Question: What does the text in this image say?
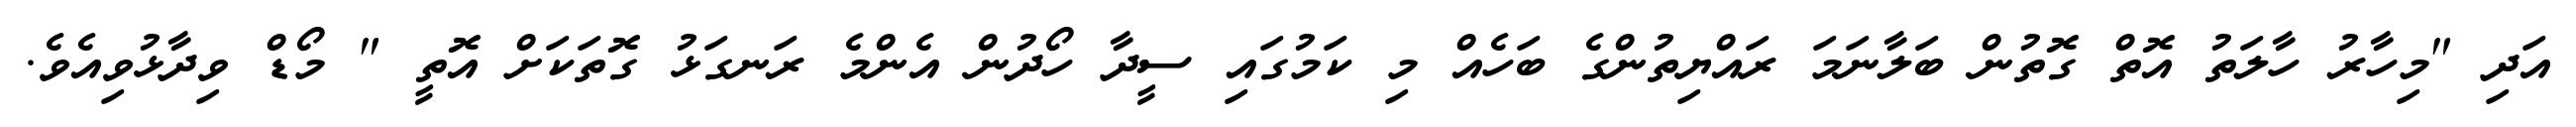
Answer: އަދި "މިހާރު ހާލަތު އޮތް ގޮތުން ބަލާނަމަ ރައްޔިތުންގެ ބަހެއް މި ކަމުގައި ސީދާ ހޯދުން އެންމެ ރަނގަޅު ގޮތަކަށް އޮތީ " މޯޑް ވިދާޅުވިއެވެ.